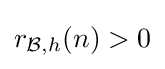
{\textstyle r_{{\mathcal {B}},h}(n)>0}